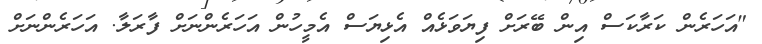
"އަހަރެން ކަރާކަސް އިން ބޭރަށް ފިޔަވަޅެއް އެޅިޔަސް އެމީހުން އަހަރެންނަށް ފާރަލާ. އަހަރެންނަށް